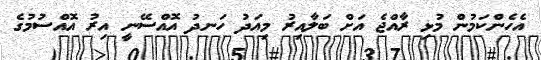
އެހެންކަމުން މުޅި ރާއްޖެ އަށް ބަލާއިރު މިއަދު ހަނދު އޮއްސޭނީ އިރު އޮއްސުމުގެ